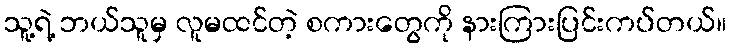
သူ့ရဲ့ ဘယ်သူမှ လူမထင်တဲ့ စကားတွေကို နားကြားပြင်းကပ်တယ်။